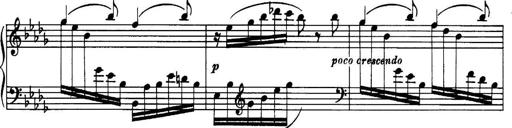
Title: 3 Sonatinas, Op.67
Composer: Jean Sibelius